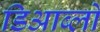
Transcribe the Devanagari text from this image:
डिआब्लो